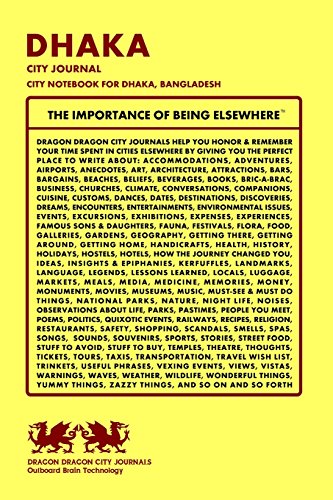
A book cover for Dhaka City Journal, City Notebook for Dhaka, Bangladesh; Dragon Dragon City Journals; Travel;